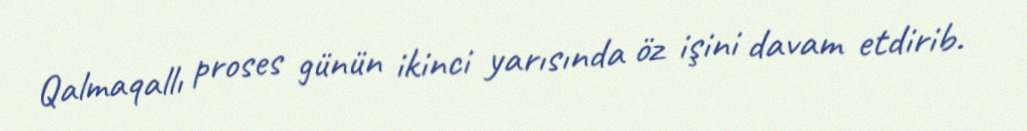
Qalmaqallı proses günün ikinci yarısında öz işini davam etdirib.